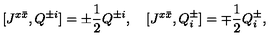
[ J ^ { x \bar { x } } , Q ^ { \pm i } ] = \pm \frac { 1 } { 2 } Q ^ { \pm i } , \quad [ J ^ { x \bar { x } } , Q _ { i } ^ { \pm } ] = \mp \frac { 1 } { 2 } Q _ { i } ^ { \pm } ,